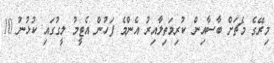
މިރޭގެ މެޗަށް ބާސާއިން ކުރިމަތިލާއިރު އެންމެ ފަހުން އެޓީމު ލީގުގައި ކުޅުނު 10